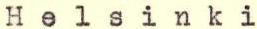
Helsinki